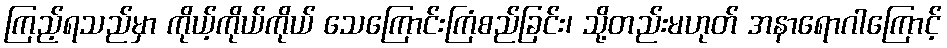
ကြည့်ရသည်မှာ ကိုယ့်ကိုယ်ကိုယ် သေကြောင်းကြံစည်ခြင်း၊ သို့တည်းမဟုတ် အနာရောဂါကြောင့်